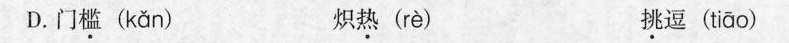
D.门槛( kǎn ) 炽热( rè ) 挑逗( tiāo )